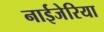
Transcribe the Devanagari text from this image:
नाईजेरिया